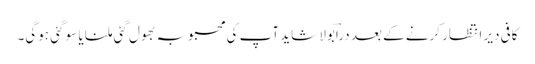
کافی دیر انتظار کرنے کے بعد دراؔبولا شاید آپ کی محبوبہ بھول گئی ملنا یا سو گئی ہوگی۔